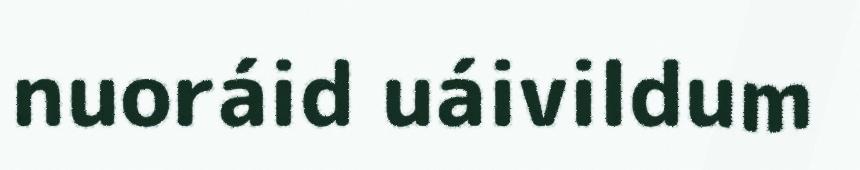
nuoráid uáivildum